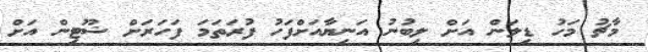
މާޗު މަހު ޑިލަން އަށް ލިބުނު އަނިޔާއަށްފަހު ފުރަތަމަ ފަހަރަށް ޝޫޓިން އަށް